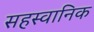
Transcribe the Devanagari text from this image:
सहस्वानिक